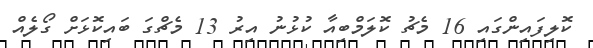
ކޮލިފައިންގައި 16 މެޗު ކޮލަމްބިއާ ކުޅުނު އިރު 13 މެޗްގަ ބައިކޮޅަށް ގޯލެއް